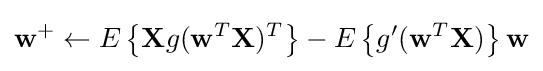
\mathbf {w} ^{+}\leftarrow E\left\{\mathbf {X} g(\mathbf {w} ^{T}\mathbf {X} )^{T}\right\}-E\left\{g'(\mathbf {w} ^{T}\mathbf {X} )\right\}\mathbf {w}